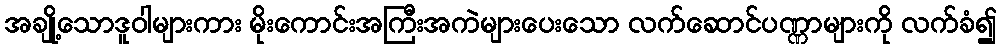
အချို့သောဒူဝါများကား မိုးကောင်းအကြီးအကဲများပေးသော လက်ဆောင်ပဏ္ဏာများကို လက်ခံ၍